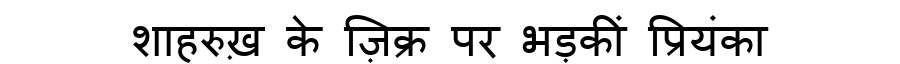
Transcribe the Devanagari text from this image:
शाहरुख़ के ज़िक्र पर भड़कीं प्रियंका